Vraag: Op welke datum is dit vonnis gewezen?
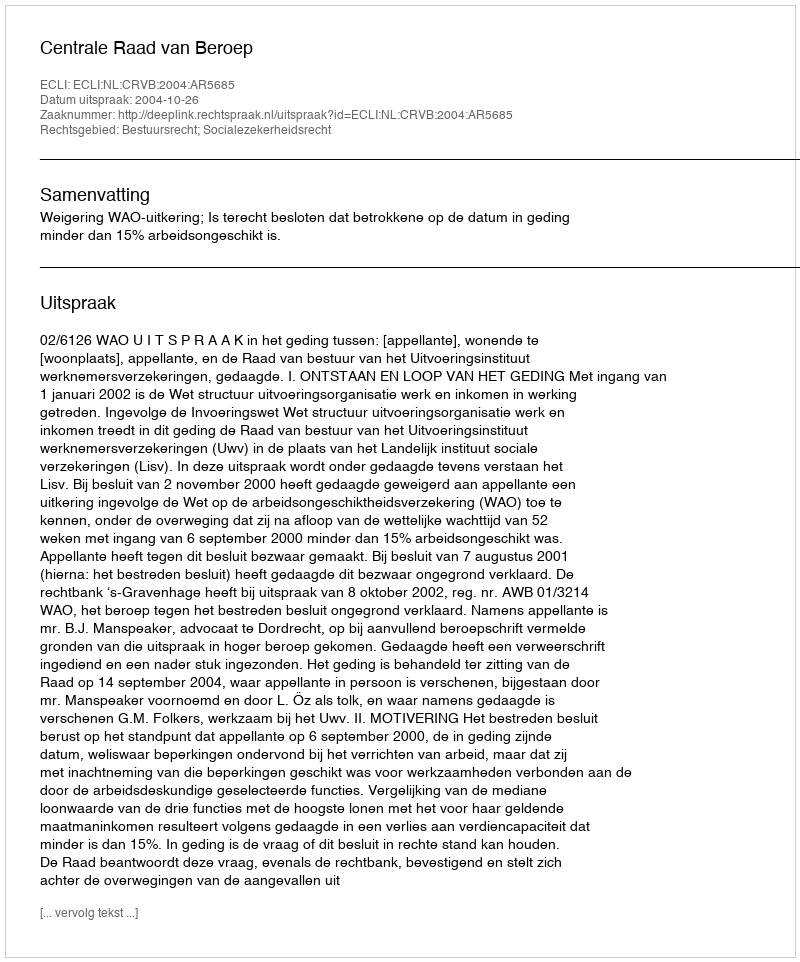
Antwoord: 2004-10-26